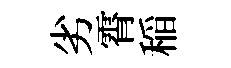
劣霄稲